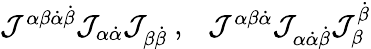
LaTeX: \begin{array}{r}{{\mathcal J}^{\alpha\beta{\dot{\alpha}}{\dot{\beta}}}{\mathcal J}_{\alpha{\dot{\alpha}}}{\mathcal J}_{\beta{\dot{\beta}}}~,~~~{\mathcal J}^{\alpha\beta{\dot{\alpha}}}{\mathcal J}_{\alpha{\dot{\alpha}}{\dot{\beta}}}{\mathcal J}_{\beta}^{{\dot{\beta}}}}\end{array}